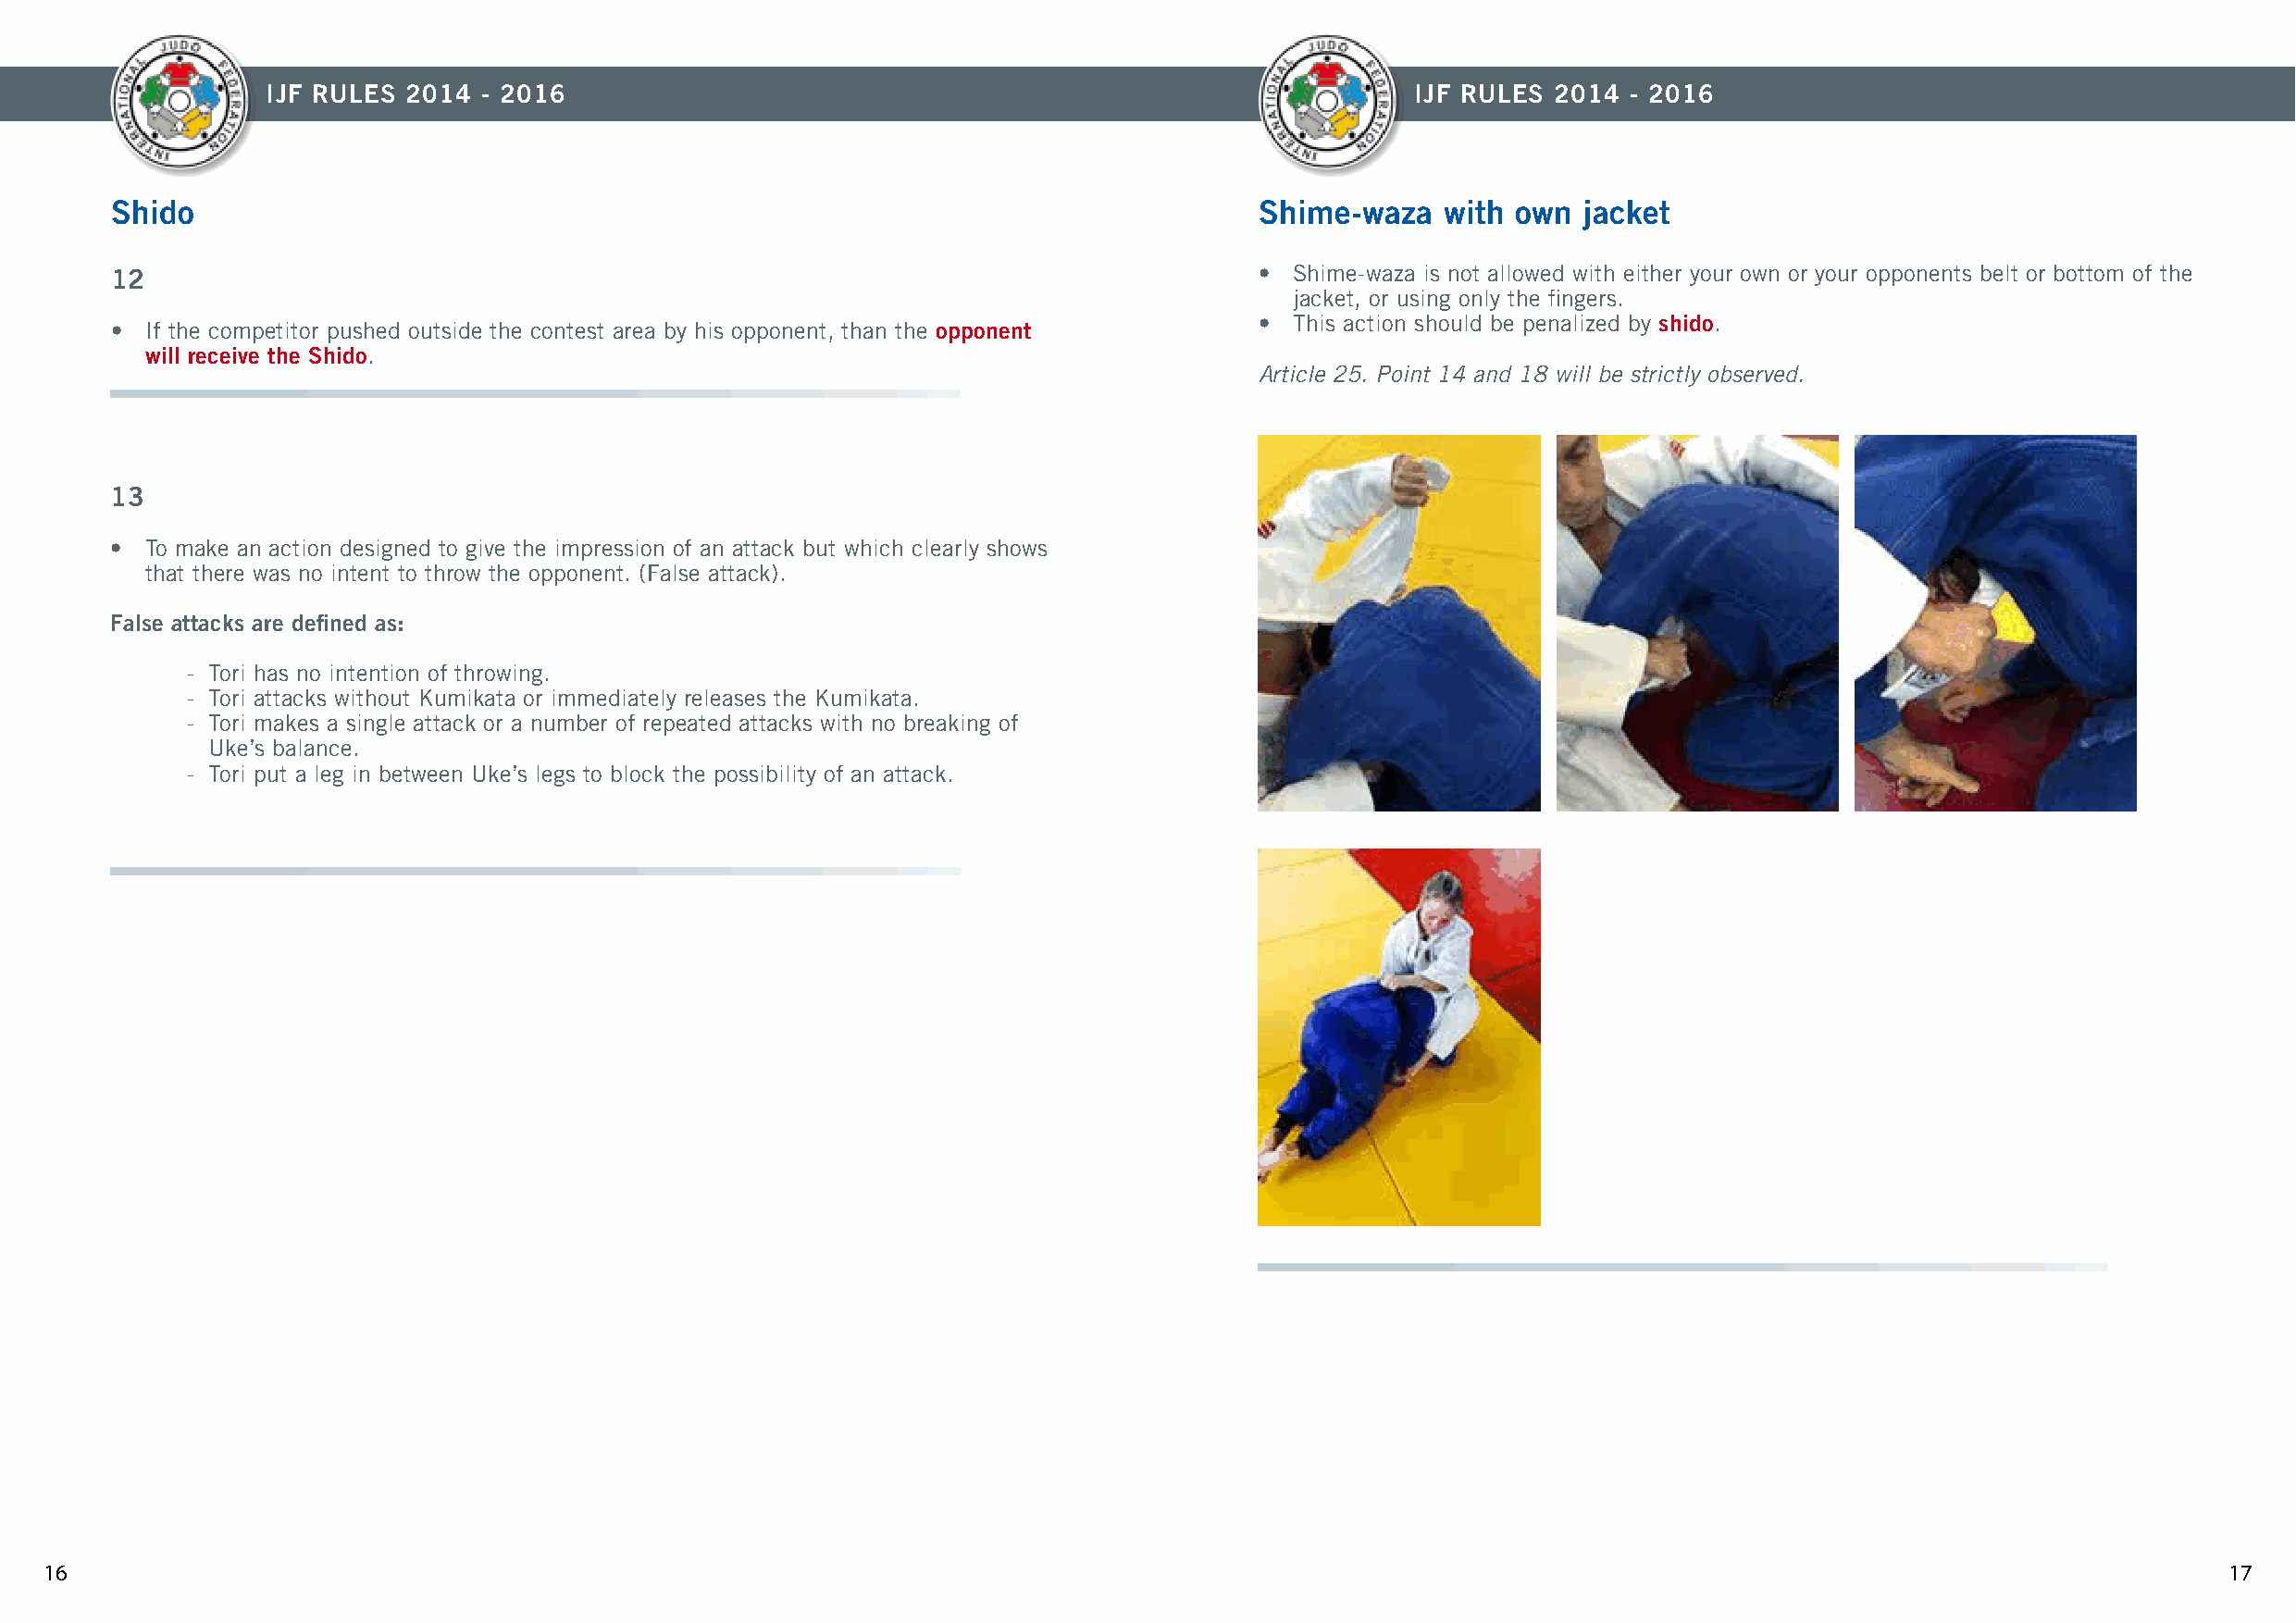
IJF RULES 2014 - 2016                                                             IJF RULES 2014  - 2016
 Shido                                                                             Shime-waza   with own  jacket
 12                                                                                • Shime-waza is not allowed with either your own or your opponents belt or bottom of the
 jacket, or using only the fingers.
 • This action should be penalized by shido.
 • If the competitor pushed outside the contest area by his opponent, than the opponent
 will receive the Shido.
 Article 25. Point 14 and 18 will be strictly observed.
 13
 • To make an action designed to give the impression of an attack but which clearly shows
 that there was no intent to throw the opponent. (False attack).
 False attacks are defined as:
 - Tori has no intention of throwing.
 - Tori attacks without Kumikata or immediately releases the Kumikata.
 - Tori makes a single attack or a number of repeated attacks with no breaking of
 Uke’s balance.
 - Tori put a leg in between Uke’s legs to block the possibility of an attack.
 16                                                                                                                                                          17